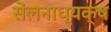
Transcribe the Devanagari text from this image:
सेंलनाध्यक्ष